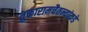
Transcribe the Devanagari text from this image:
तुकारामचैतन्यांकडे